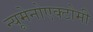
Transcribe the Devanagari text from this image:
न्यूमेनोएक्टोमी